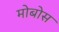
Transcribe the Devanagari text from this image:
मोबोस